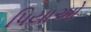
પિયાઓ